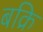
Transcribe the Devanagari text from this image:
बक्रि